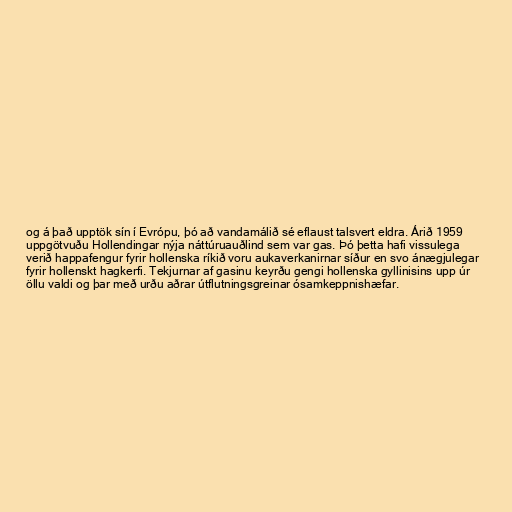
og á það upptök sín í Evrópu, þó að vandamálið sé eflaust talsvert eldra. Árið 1959
uppgötvuðu Hollendingar nýja náttúruauðlind sem var gas. Þó þetta hafi vissulega
verið happafengur fyrir hollenska ríkið voru aukaverkanirnar síður en svo ánægjulegar
fyrir hollenskt hagkerfi. Tekjurnar af gasinu keyrðu gengi hollenska gyllinisins upp úr
öllu valdi og þar með urðu aðrar útflutningsgreinar ósamkeppnishæfar.